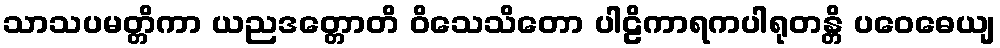
သာသပမတ္တိကာ ယညဒတ္တောတိ ဝိသေသိတော ပါဠိကာရကပါရုတန္တိ ပဝေဓေယျ